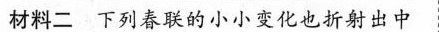
材料二下列春联的小小变化也折射出中